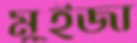
মুইজা